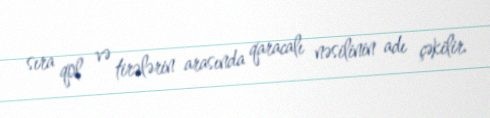
sıra qol və tirələrin arasında qaracalı nəsilinin adı çəkilir.